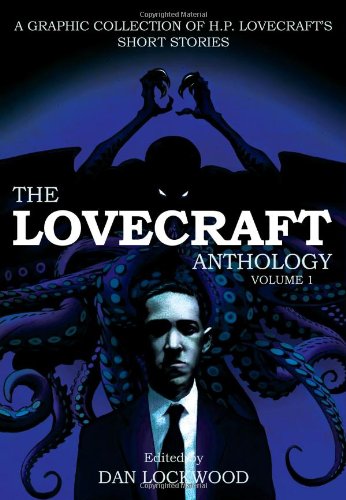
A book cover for The Lovecraft Anthology: Volume 1; H.P. Lovecraft; Comics & Graphic Novels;